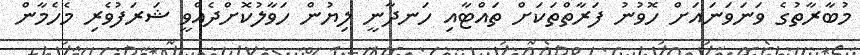
މުބާރާތުގެ ވަނަވަނައަށް ހޮވުނު ފަރާތްތަކަށް ތައްޓާއި ހަނދާނީ ލިޔުން ހަވާލުކޮށްދެއްވީ ޝަރަފުވެރި މެހެމާން